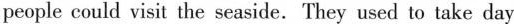
people could viait the seaside.They used to take day